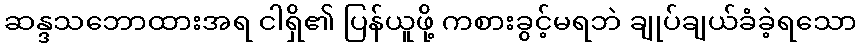
ဆန္ဒသဘောထားအရ ငါရှိ၏ ပြန်ယူဖို့ ကစားခွင့်မရဘဲ ချုပ်ချယ်ခံခဲ့ရသော